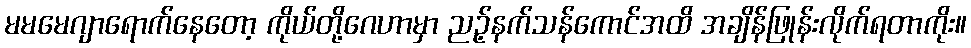
မမမေဂျာရောက်နေတော့ ကိုယ်တို့ဂေဟာမှာ ညဉ့်နက်သန်ကောင်အထိ အချိန်ဖြုန်းလိုက်ရတာကိုး။